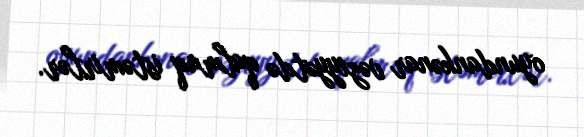
oyundankənar vəziyyətdə qalmaq istəmirlər.